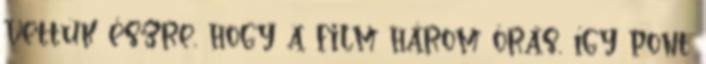
vettük észre, hogy a film három órás, így pont